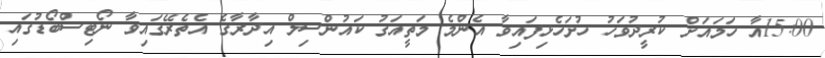
15:00އާ ހަމައަށް ކުރީދުވަހު ހުށަހެޅިފައިވާ އެންމެ މަތީއަގު ކައުންސިލް އިދާރާގެ އެތެރޭގައިވާ ނޯޓިސްބޯޑުގައި